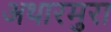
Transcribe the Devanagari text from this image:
अथारमुरा